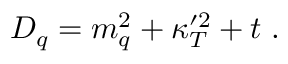
D _ { q } = m _ { q } ^ { 2 } + \kappa _ { T } ^ { \prime 2 } + t \; .